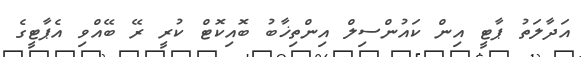
އަދާލަތު ޕާޓީ އިން ކައުންސިލް އިންތިޚާބު ބޮއިކޮޓް ކުރީ ރޭ ބޭއްވި އެޕާޓީގެ